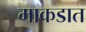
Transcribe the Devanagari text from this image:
माकडात